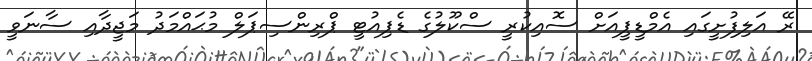
ރޭ އަލިފުށީގައި އެމްޑީޕީއަށް ސޮއިކުރީ ސްކޫލުގެ ޑެޕިއުޓީ ޕްރިންސިޕަލް މުޙައްމަދު މަޖީދާއި ސާނަވީ